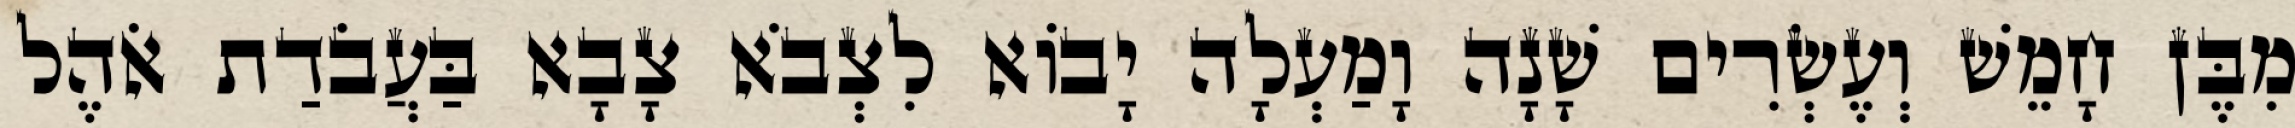
מִבֶּן חָמֵשׁ וְעֶשְׂרִים שָׁנָה וָמַעְלָה יָבוֹא לִצְבֹא צָבָא בַּעֲבֹדַת אֹהֶל